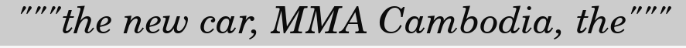
"""the new car, MMA Cambodia, the"""